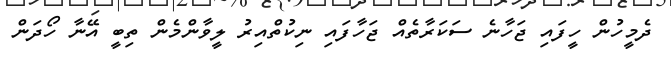
ދެމީހުން ހީފައި ޖަހާނެ ސަކަރާތެއް ޖަހާފައި ނިކުތްއިރު ލީވާންމެން ތިބީ އޭނާ ހޯދަން